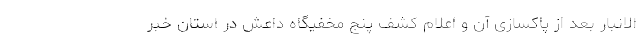
الانبار بعد از پاکسازی آن و اعلام کشف پنج مخفیگاه داعش در استان خبر